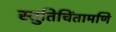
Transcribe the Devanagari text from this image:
स्तुतिचिंतामणि